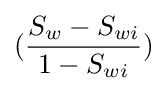
({\frac {S_{w}-S_{wi}}{1-S_{wi}}})